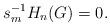
LaTeX: \begin{align*}s_{m}^{-1}H_{n}(G) = 0.\end{align*}